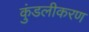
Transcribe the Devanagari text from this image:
कुंडलीकरण